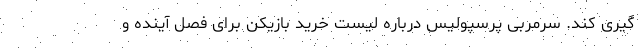
گیری کند. سرمربی پرسپولیس درباره لیست خرید بازیکن برای فصل آینده و